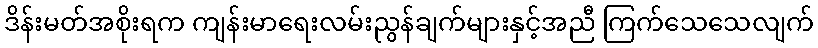
ဒိန်းမတ်အစိုးရက ကျန်းမာရေးလမ်းညွန်ချက်များနှင့်အညီ ကြက်သေသေလျက်